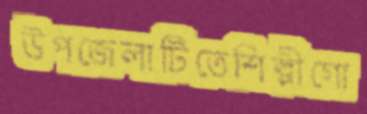
উপজেলাটিতেশিল্পীগো